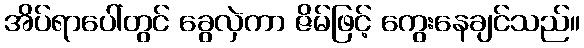
အိပ်ရာပေါ်တွင် ခွေလှဲကာ ဇိမ်ဖြင့် ကွေးနေချင်သည်။